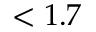
< 1 . 7